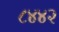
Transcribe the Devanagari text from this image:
८४४२